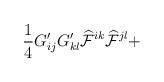
\begin{align*}\frac{1}{4} G'_{ij} G'_{kl} {\cal \widehat{F}}^{ik}{\cal \widehat{F}}^{jl} +\end{align*}